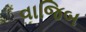
વાજિબ